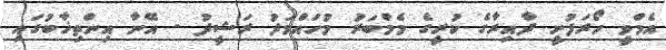
އެމްވީ ހޯރަފުށީ ދާއިރާގެ ކުރީގެ މެމްބަރު މުހައްމަދު ރަޝީދު - އޭނާ އިންތިޚާބުގައި